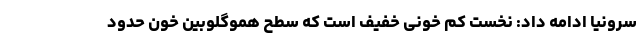
سرونیا ادامه داد: نخست کم خونی خفیف است که سطح هموگلوبین خون حدود